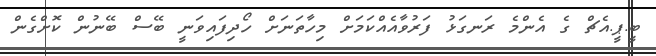
ބީ.ޕީ.އެޗް ގެ އެންމެ ރަނގަޅު ފަރުވާއެއްކަމަށް މިހާތަނަށް ހޯދިފައިވަނީ ބޭސް ބޭނުން ކޮށްގެން